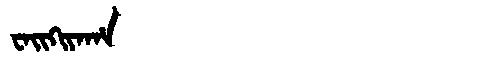
Manchu: ᠸᠠᡳᡴᡳᠶᠠᡥᠠ
Romanization: WAIKIYAHA